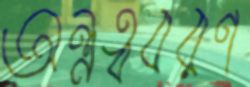
অন্ধত্ববরণ